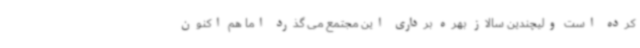
کرده است ولیچندین سالاز بهره برداری این مجتمع می گذرد اما هم اکنون